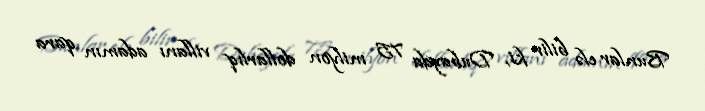
Bunlar elə bilir ki, Dubayda 75 milyon dollarlıq villanı adamın qara